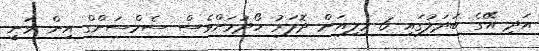
އަދި އޭގެ ބަދަލުގައި 6 މިލިއަން ދޮލަރު ހޯދުމަށްވެސް ސެމްސަންގް އިން ވަނީ